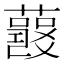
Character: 𧂘